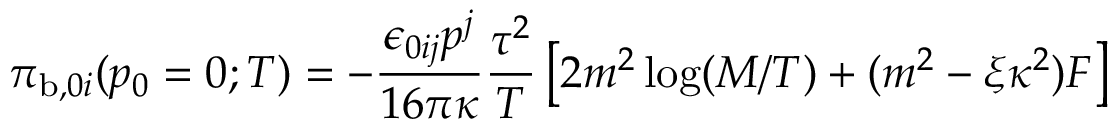
{ \cal { \pi } } _ { \mathrm { b } , 0 i } ( p _ { 0 } = 0 ; T ) = - \frac { \epsilon _ { 0 i j } p ^ { j } } { 1 6 \pi \kappa } \frac { \tau ^ { 2 } } { T } \left[ 2 m ^ { 2 } \log ( M / T ) + ( m ^ { 2 } - \xi \kappa ^ { 2 } ) F \right]